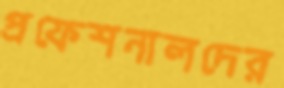
প্রফেশনালদের